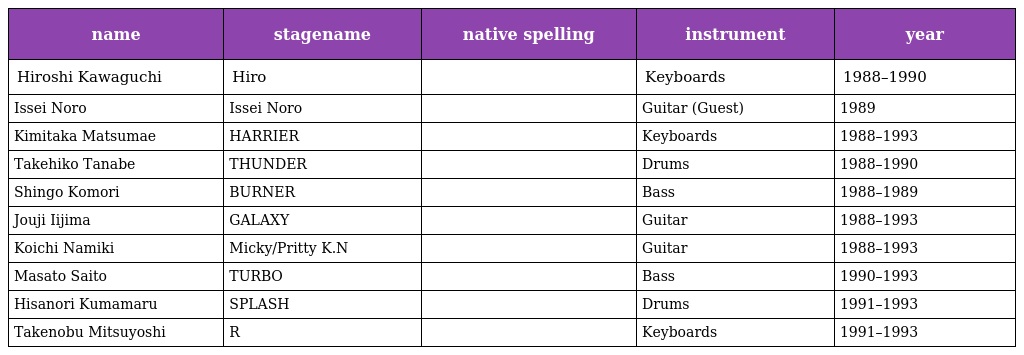
| name | stagename | native spelling | instrument | year |
 | --- | --- | --- | --- | --- |
 | Hiroshi Kawaguchi | Hiro | 川口博史 | Keyboards | 1988–1990 |
 | Issei Noro | Issei Noro | 野呂一生 | Guitar (Guest) | 1989 |
 | Kimitaka Matsumae | HARRIER | 松前公高 | Keyboards | 1988–1993 |
 | Takehiko Tanabe | THUNDER | 田辺健彦 | Drums | 1988–1990 |
 | Shingo Komori | BURNER | 小森伸吾 | Bass | 1988–1989 |
 | Jouji Iijima | GALAXY | 飯島丈治 | Guitar | 1988–1993 |
 | Koichi Namiki | Micky/Pritty K.N | 並木晃一 | Guitar | 1988–1993 |
 | Masato Saito | TURBO君 | 斉藤昌人 | Bass | 1990–1993 |
 | Hisanori Kumamaru | SPLASHくま | 熊丸久徳 | Drums | 1991–1993 |
 | Takenobu Mitsuyoshi | R三郎丸 | 光吉猛修 | Keyboards | 1991–1993 |